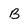
Character: B